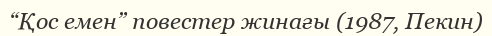
“Қос емен” повестер жинағы (1987, Пекин)